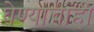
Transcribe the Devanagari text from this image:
घेण्याचाही